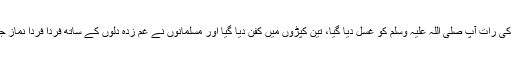
چہار شنبہ کی رات آپ صلی اللہ علیہ وَسلم کو غسل دیا گیا، تین کپڑوں میں کفن دیا گیا اور مسلمانوں نے غم زدہ دلوں کے ساتھ فرداً فرداً نمازِ جنازہ پڑھی۔